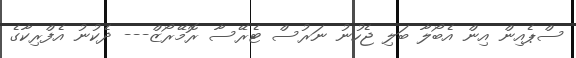
ސްޕެއިން އިން އެބޯލާ ބަލި ޖެހުނު ނަރުސް ޓެރޭސާ ރޮމޭރޯޒް--- ދެކުނު އެފްރިކާގެ